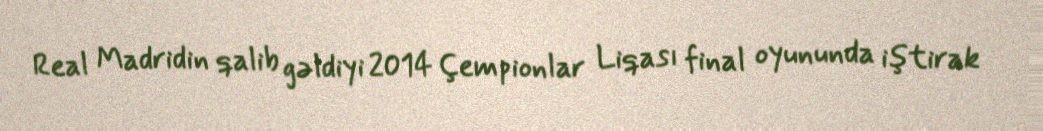
Real Madridin qalib gəldiyi 2014 Çempionlar Liqası final oyununda iştirak